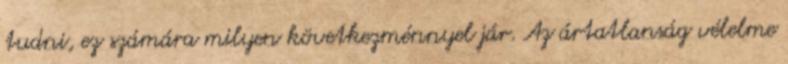
tudni, ez számára milyen következménnyel jár. Az ártatlanság vélelme